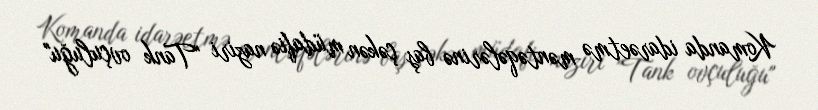
Komanda idarəetmə məntəqələrinə baş çəkən müdafiə naziri "Tank ovçuluğu"